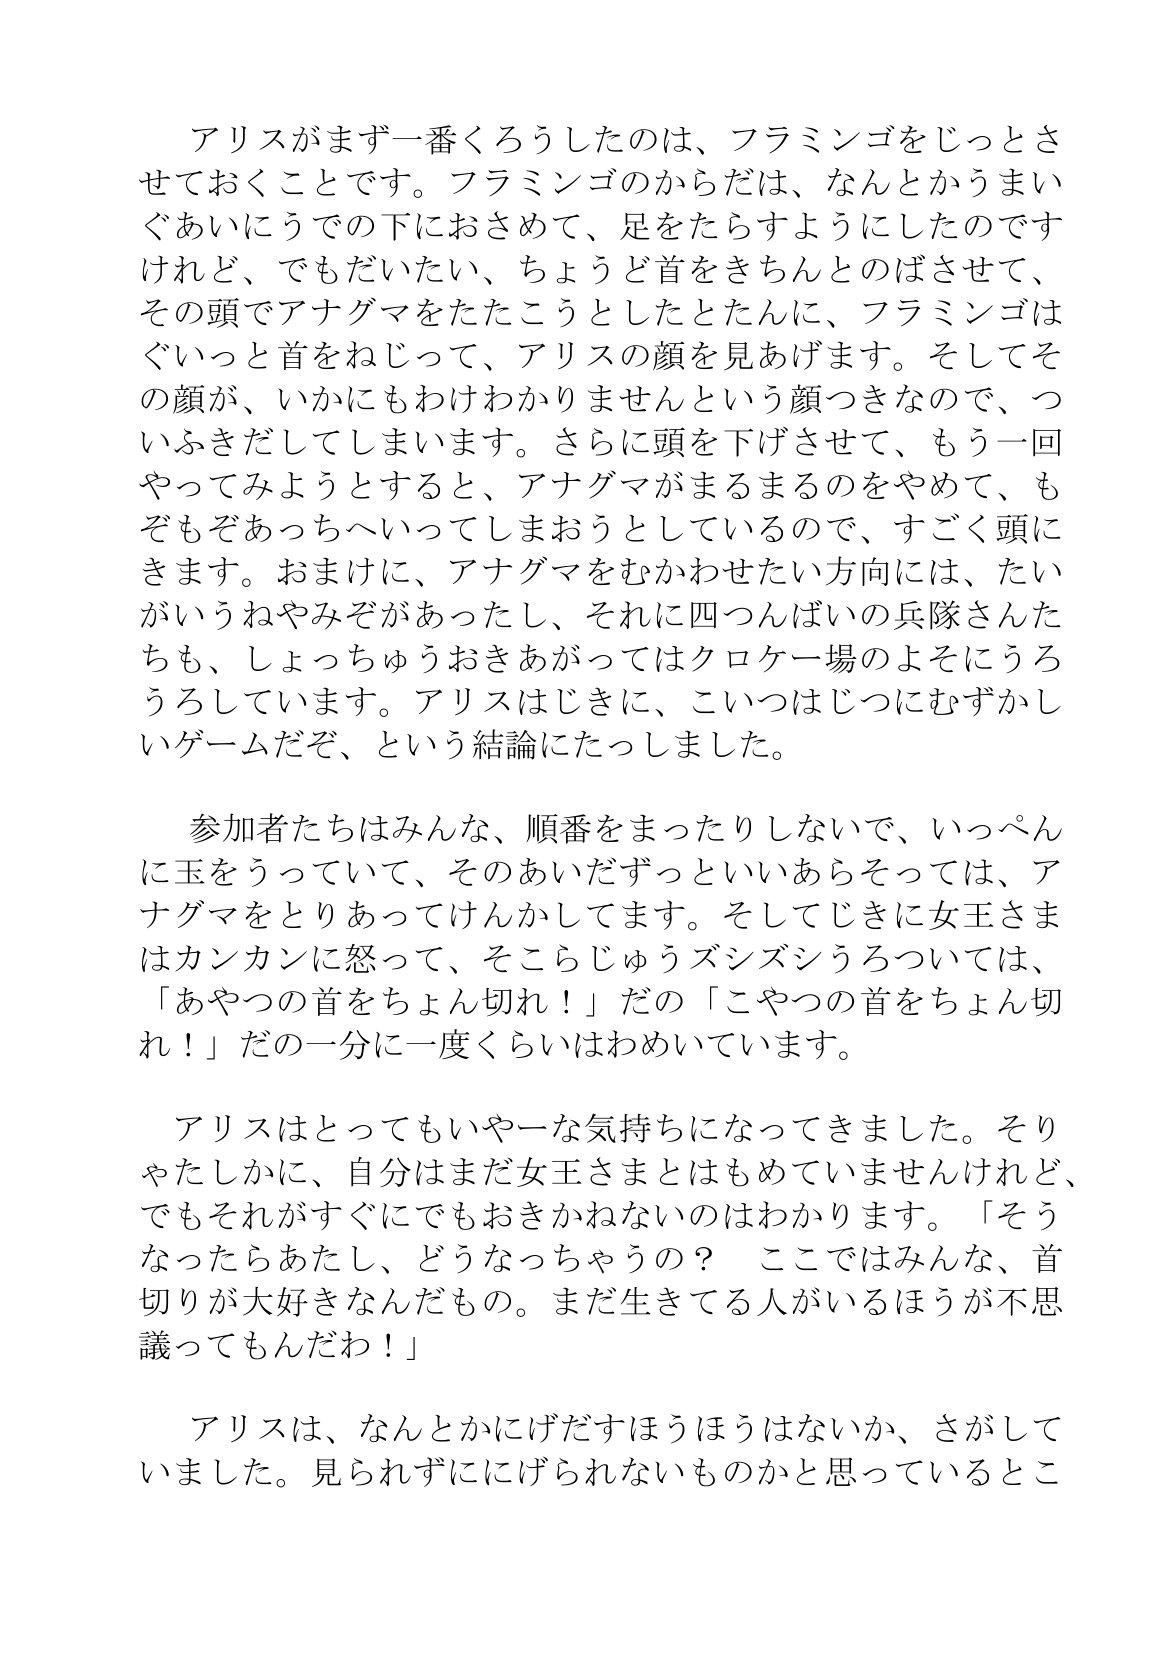
Language: ja